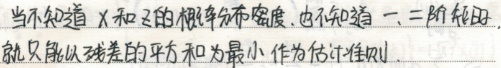
当不知道\(X\)和\(Z\)的概率分布密度, 也不知道一、二阶矩, 就只能以残差的平方和为最小作为估计准则.